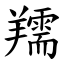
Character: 羺